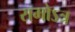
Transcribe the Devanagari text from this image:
रामोऽत्र